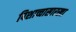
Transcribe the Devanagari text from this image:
पिशाच्चासारखा